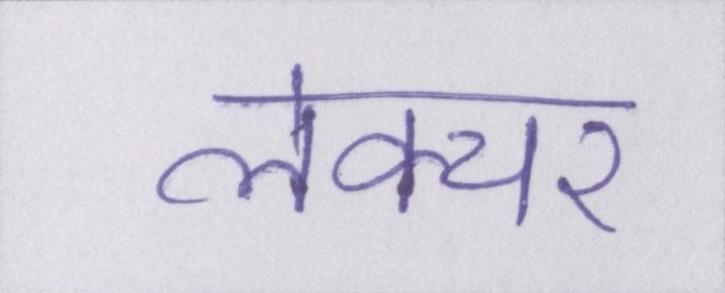
लेक्चर